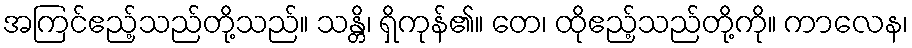
အကြင်ဧည့်သည်တို့သည်။ သန္တိ၊ ရှိကုန်၏။ တေ၊ ထိုဧည့်သည်တို့ကို။ ကာလေန၊